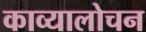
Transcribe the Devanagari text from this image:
काव्यालोचन